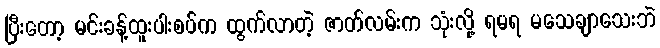
ပြီးတော့ မင်းခန့်ထူးပါးစပ်က ထွက်လာတဲ့ ဇာတ်လမ်းက သုံးလို့ ရမရ မသေချာသေးဘဲ